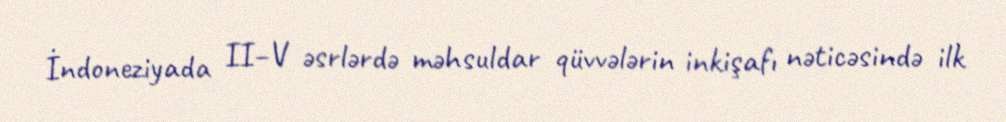
İndoneziyada II–V əsrlərdə məhsuldar qüvvələrin inkişafı nəticəsində ilk